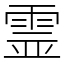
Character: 霊